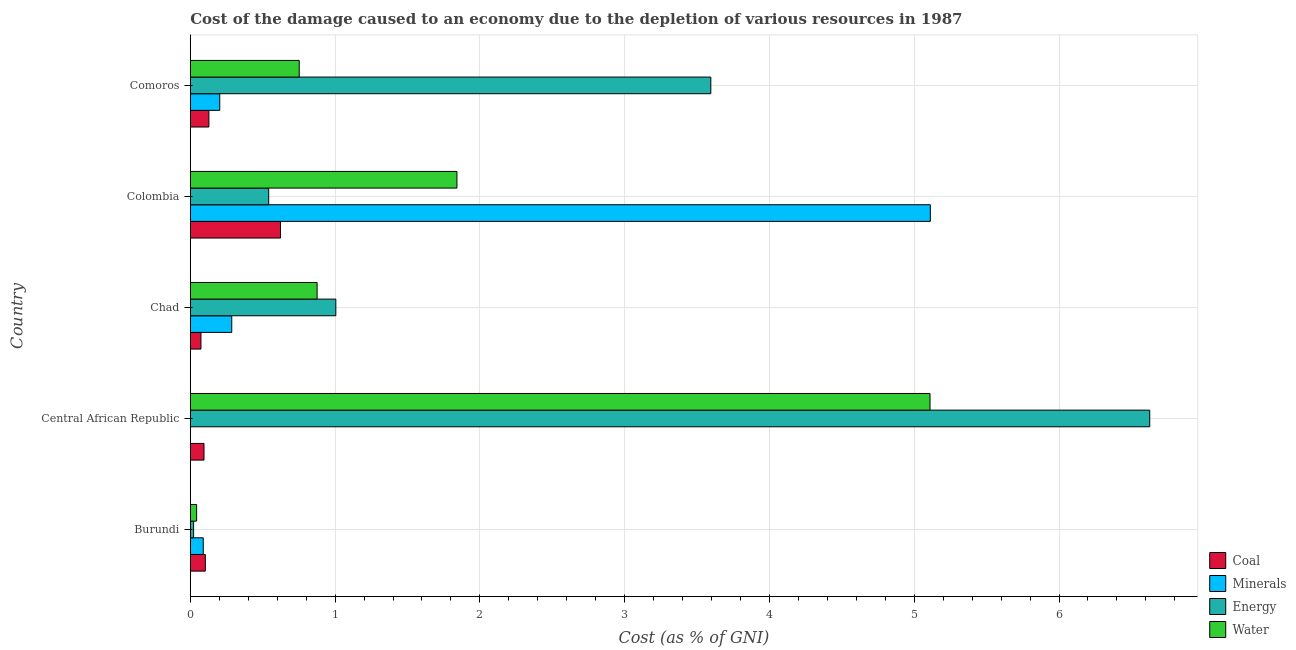
| Country | Coal | Minerals | Energy | Water |
 | --- | --- | --- | --- | --- |
 | Burundi | 0.104 | 0.0895 | 0.0229 | 0.0437 |
 | Central African Republic | 0.0947 | 0.000151 | 6.63 | 5.11 |
 | Chad | 0.0735 | 0.286 | 1.01 | 0.876 |
 | Colombia | 0.623 | 5.11 | 0.541 | 1.84 |
 | Comoros | 0.128 | 0.203 | 3.6 | 0.752 |